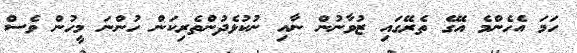
ހަމަ އެހެންމެ އޭގެ ތެރޭގައި ޒުވާނުން ނާއި ނުކުޅެދުންތެރިކަން ހުންނަ މީހުން ވެސް